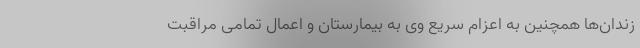
زندان‌ها همچنین به اعزام سریع وی به بیمارستان و اعمال تمامی مراقبت